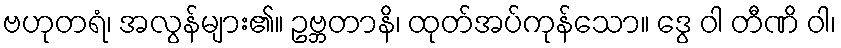
ဗဟုတရံ၊ အလွန်များ၏။ ဥဗ္ဘတာနိ၊ ထုတ်အပ်ကုန်သော။ ဒွေ ဝါ တီဏိ ဝါ၊